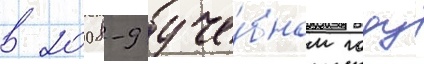
в 2008-9 уче́бном году